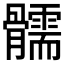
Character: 𩪰